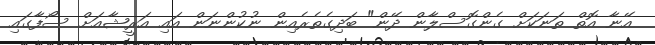
އޭނާ އޮތް ތަނަކަށް ގެންގޮސްލާން ދޭން" ބަދިގެތެރެއިން ނުކުންނަން އައި އަރީޝާއަށް ސޯފާގައި